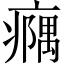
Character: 𪽹